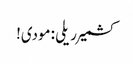
کشمیر ریلی :مودی!